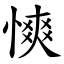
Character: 慡